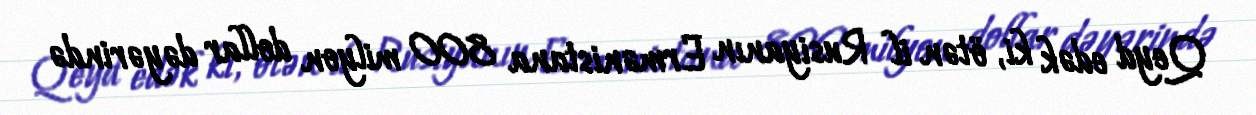
Qeyd edək ki, ötən il Rusiyanın Ermənistana 800 milyon dollar dəyərində